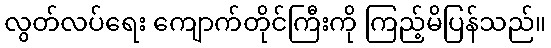
လွတ်လပ်ရေး ကျောက်တိုင်ကြီးကို ကြည့်မိပြန်သည်။